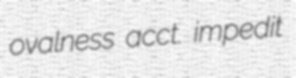
ovalness acct. impedit